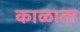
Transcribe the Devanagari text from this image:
काळाता